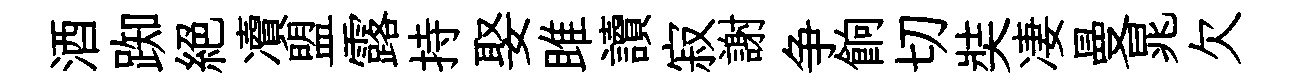
酒踟絕凟盟露持娶雎讀寂謝争餉切奘凄曼晁欠